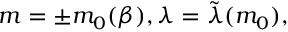
m = \pm m _ { 0 } ( \beta ) , \lambda = \tilde { \lambda } ( m _ { 0 } ) ,